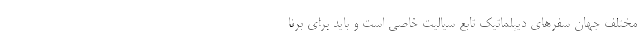
مختلف جهان سفرهای دیپلماتیک تابع سیالیت خاصی است و باید برای برنا